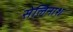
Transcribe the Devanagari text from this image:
सेलिनाश